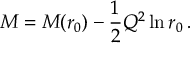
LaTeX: M = M ( r _ { 0 } ) - \frac { 1 } { 2 } Q ^ { 2 } \ln r _ { 0 } \, .